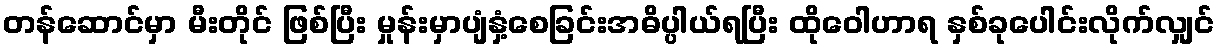
တန်ဆောင်မှာ မီးတိုင် ဖြစ်ပြီး မှုန်းမှာပျံနှံ့စေခြင်းအဓိပ္ပါယ်ရပြီး ထိုဝေါဟာရ နှစ်ခုပေါင်းလိုက်လျှင်